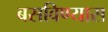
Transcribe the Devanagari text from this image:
बसविण्यास